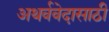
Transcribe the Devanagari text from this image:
अथर्ववेदासाठी